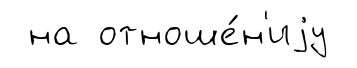
на отноше́н'иjу